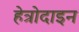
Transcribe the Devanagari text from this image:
हेत्रोदाइन